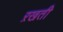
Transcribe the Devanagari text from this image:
ऱखती